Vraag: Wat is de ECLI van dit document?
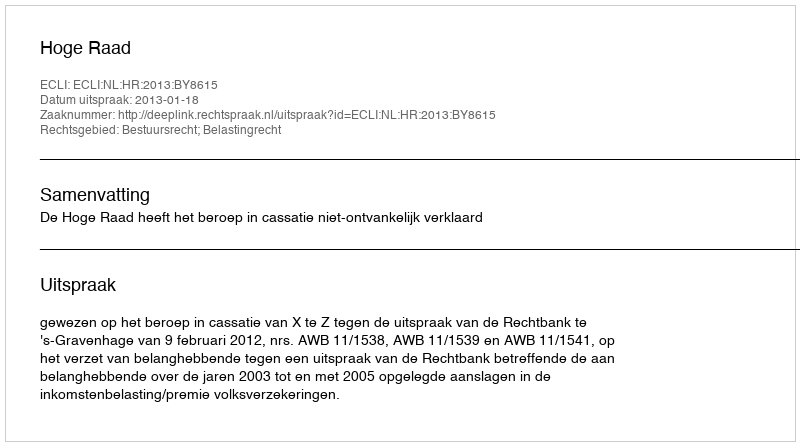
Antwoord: ECLI:NL:HR:2013:BY8615